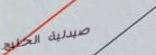
صيدلية الخليج